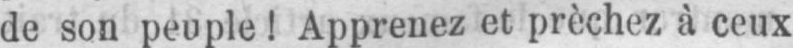
de son peuple! Apprenez et prèchez à ceux